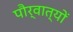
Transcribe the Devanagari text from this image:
पौर्वात्यों